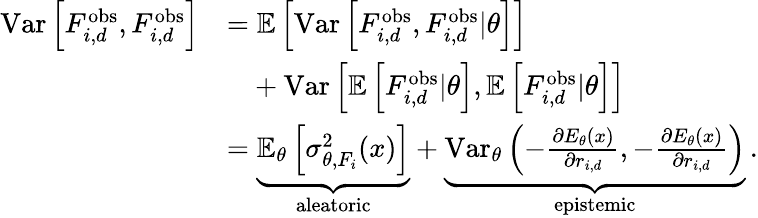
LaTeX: \begin{array}{rl}{\mathrm{Var}\left[F_{i,d}^{\mathrm{obs}},F_{i,d}^{\mathrm{obs}}\right]}&{=\mathbb{E}\left[\mathrm{Var}\left[F_{i,d}^{\mathrm{obs}},F_{i,d}^{\mathrm{obs}}|\theta\right]\right]}\\ &{\phantom{=}+\mathrm{Var}\left[\mathbb{E}\left[F_{i,d}^{\mathrm{obs}}|\theta\right],\mathbb{E}\left[F_{i,d}^{\mathrm{obs}}|\theta\right]\right]}\\ &{=\underbrace{\mathbb{E}_{\theta}\left[\sigma_{\theta,F_{i}}^{2}(x)\right]}_{\mathrm{aleatoric}}+\underbrace{\mathrm{Var}_{\theta}\left(-\frac{\partial E_{\theta}(x)}{\partial r_{i,d}},-\frac{\partial E_{\theta}(x)}{\partial r_{i,d}}\right)}_{\mathrm{epistemic}}\, .}\end{array}